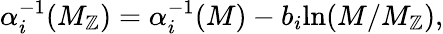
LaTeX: \alpha_{i}^{-1}(M_{\mathbb{Z}})=\alpha_{i}^{-1}(M)-b_{i}\mathrm{{ln}}(M/M_{\mathbb{Z}}),